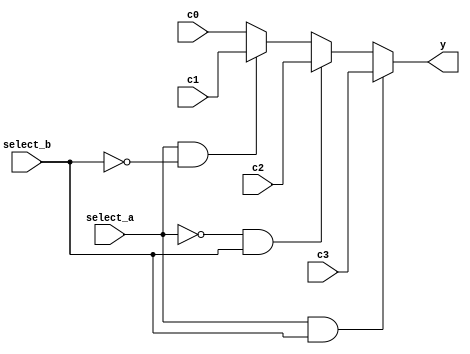
module data_selector(
  input [3:0] c0, c1, c2, c3,
  input select_a, select_b,
  output reg [3:0] y
);

  always @(*)
    if (select_a == 1'b1 && select_b == 1'b1) y = c3;
    else if (select_a == 1'b0 && select_b == 1'b1) y = c2;
    else if (select_a == 1'b1 && select_b == 1'b0) y = c1;
    else y <= c0;
endmodule